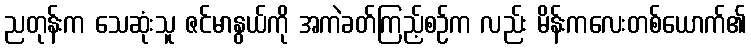
ညတုန်းက သေဆုံးသူ ဇင်မာနွယ်ကို အကဲခတ်ကြည့်စဉ်က လည်း မိန်းကလေးတစ်ယောက်၏